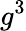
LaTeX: g^{3}